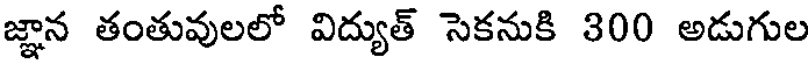
జ్ఞాన తంతువులలో విద్యుత్ సెకనుకి 300 అడుగుల